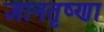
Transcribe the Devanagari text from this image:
ज्ञानतृष्णा